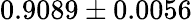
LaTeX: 0.9089\pm 0.0056